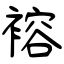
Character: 褣